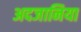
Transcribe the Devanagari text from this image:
अदजानिया